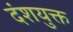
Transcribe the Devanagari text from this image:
दंशयुक्त